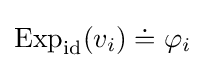
\operatorname {Exp} _{\mathrm {id} }(v_{i})\doteq \varphi _{i}